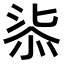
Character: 𣶾